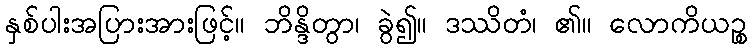
နှစ်ပါးအပြားအားဖြင့်။ ဘိန္ဒိတွာ၊ ခွဲ၍။ ဒဿိတံ၊ ၏။ လောကိယဉ္စ